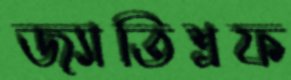
জ্যাতিশ্রফ